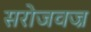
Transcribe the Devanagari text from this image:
सरोजवज्र